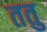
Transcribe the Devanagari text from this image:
ततु